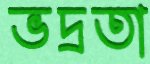
ভদ্রতা